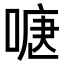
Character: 𭉍